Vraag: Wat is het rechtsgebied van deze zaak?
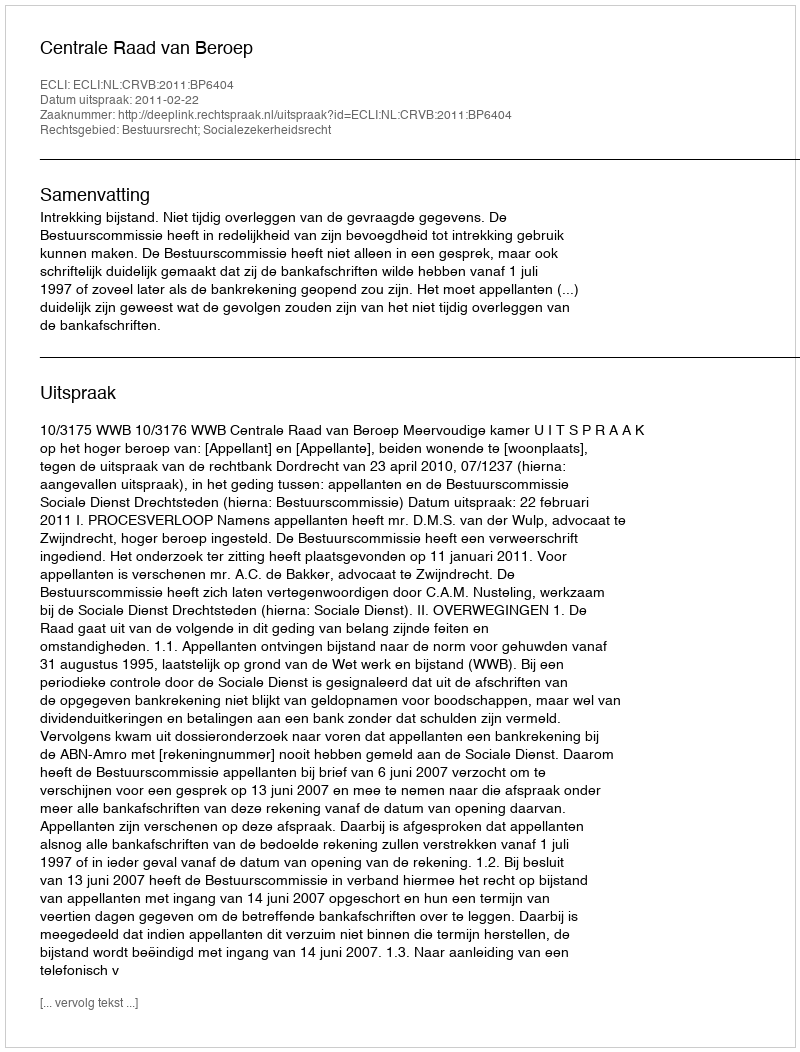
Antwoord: Bestuursrecht; Socialezekerheidsrecht